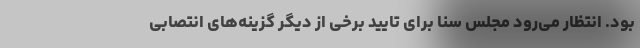
بود. انتظار می‌رود مجلس سنا برای تایید برخی از دیگر گزینه‌های انتصابی